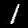
Digit: 1